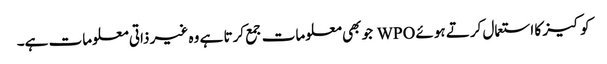
کوکیز کا استعمال کرتے ہوئے WPO جو بھی معلومات جمع کرتا ہے وہ غیر ذاتی معلومات ہے۔